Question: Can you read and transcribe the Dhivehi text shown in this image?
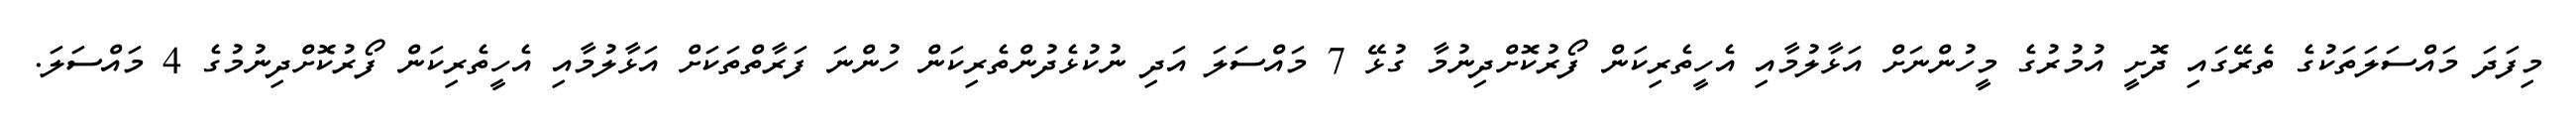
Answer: މިފަދަ މައްސަލަތަކުގެ ތެރޭގައި ދޮށީ އުމުރުގެ މީހުންނަށް އަޅާލުމާއި އެހީތެރިކަން ފޯރުކޮށްދިނުމާ ގުޅޭ 7 މައްސަލަ އަދި ނުކުޅެދުންތެރިކަން ހުންނަ ފަރާތްތަކަށް އަޅާލުމާއި އެހީތެރިކަން ފޯރުކޮށްދިނުމުގެ 4 މައްސަލަ.